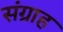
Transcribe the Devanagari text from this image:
संग्राह